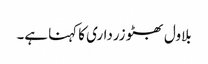
بلاول بھٹو زرداری کا کہنا ہے۔